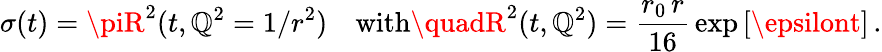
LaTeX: \sigma(t)=\piR^{2}(t,\mathbb{Q}^{2}=1/r^{2})\quad\mathrm{{with}}\quadR^{2}(t,\mathbb{Q}^{2})={\frac{{r_{0}\, r}}{{16}}}\exp\left[\epsilont\right]\, .